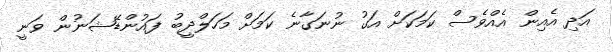
އަދި އެއިން އެއްވެސް ކަމަކަށް އަގު ނުނަގާނެ ކަމަށް މަހަލްދީބު ފައުންޑޭޝަނުން ވަނީ